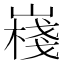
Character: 嶘